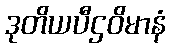
ဒုတိယပီဌဝိမာနံ